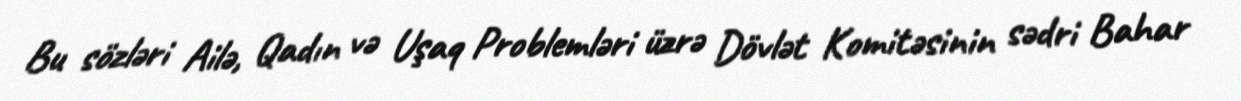
Bu sözləri Ailə, Qadın və Uşaq Problemləri üzrə Dövlət Komitəsinin sədri Bahar